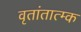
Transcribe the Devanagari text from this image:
वृतांतात्‍म्क